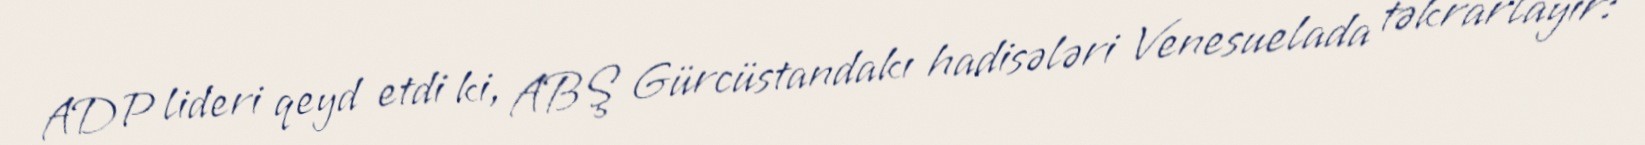
ADP lideri qeyd etdi ki, ABŞ Gürcüstandakı hadisələri Venesuelada təkrarlayır: